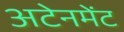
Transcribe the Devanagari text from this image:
अटेनमेंट